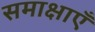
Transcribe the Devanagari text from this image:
समाक्षाएँ